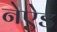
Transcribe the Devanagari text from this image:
नेऐड